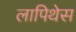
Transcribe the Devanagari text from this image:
लापिथेस